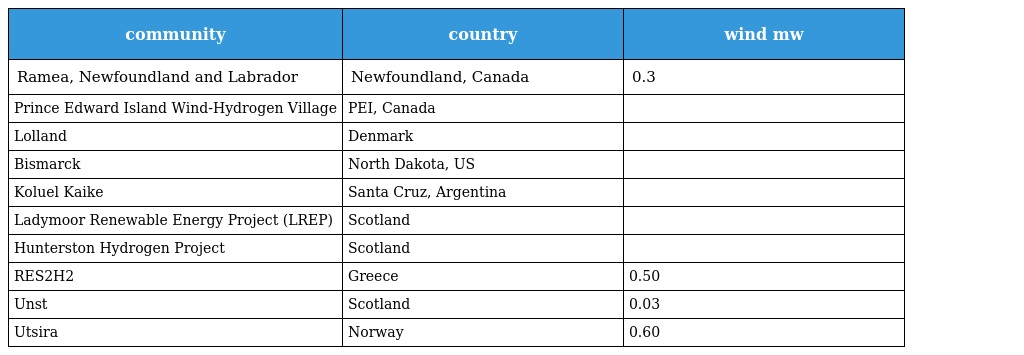
| community | country | wind mw |
 | --- | --- | --- |
 | Ramea, Newfoundland and Labrador | Newfoundland, Canada | 0.3 |
 | Prince Edward Island Wind-Hydrogen Village | PEI, Canada |  |
 | Lolland | Denmark |  |
 | Bismarck | North Dakota, US |  |
 | Koluel Kaike | Santa Cruz, Argentina |  |
 | Ladymoor Renewable Energy Project (LREP) | Scotland |  |
 | Hunterston Hydrogen Project | Scotland |  |
 | RES2H2 | Greece | 0.50 |
 | Unst | Scotland | 0.03 |
 | Utsira | Norway | 0.60 |